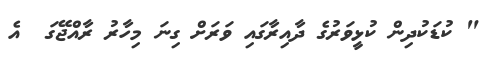
" ކުޑަކުދިން ކުޅީވަރުގެ ދާއިރާގައި ވަރަށް ގިނަ މިހާރު ރާއްޖޭގަ  އެ